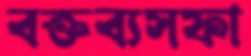
বক্তব্যসফা